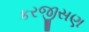
કરજીસણ